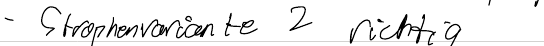
- Strophenvariante 2 richtig